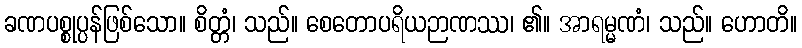
ခဏပစ္စုပ္ပန်ဖြစ်သော။ စိတ္တံ၊ သည်။ စေတောပရိယဉာဏဿ၊ ၏။ အာရမ္မဏံ၊ သည်။ ဟောတိ။